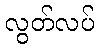
လွတ်လပ်